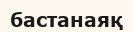
бастанаяқ